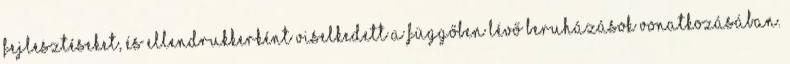
fejlesztéseket, és ellendrukkerként viselkedett a függőben lévő beruházások vonatkozásában.